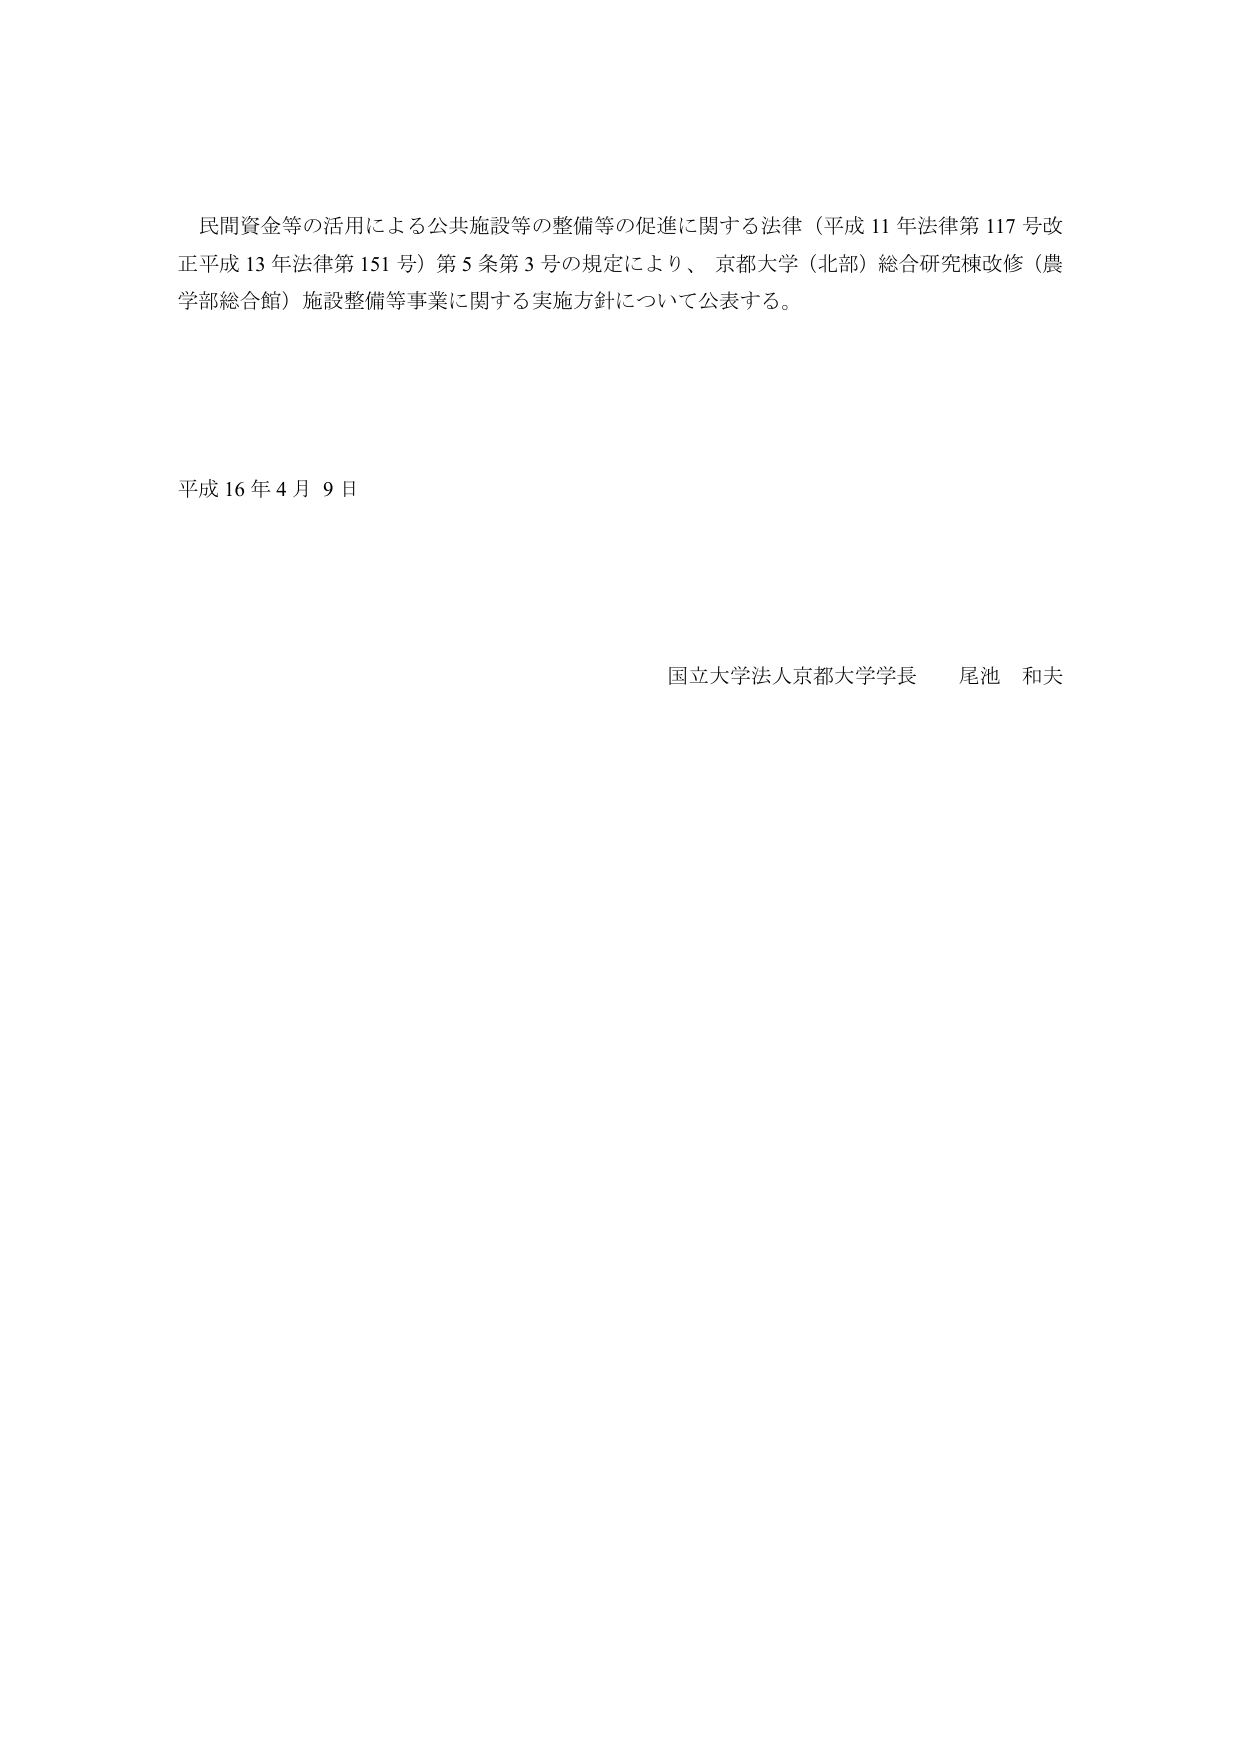
民間資金等の活用による公共施設等の整備等の促進に関する法律（平成11年法律第117号改正平成13年法律第151号）第5条第3号の規定により、京都大学（北部）総合研究棟改修（農学部総合館）施設整備等事業に関する実施方針について公表する。

平成16年4月9日

国立大学法人京都大学学長　尾池　和夫